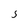
Character: 5